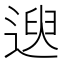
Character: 𫐯